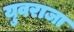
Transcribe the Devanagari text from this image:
युवराजा